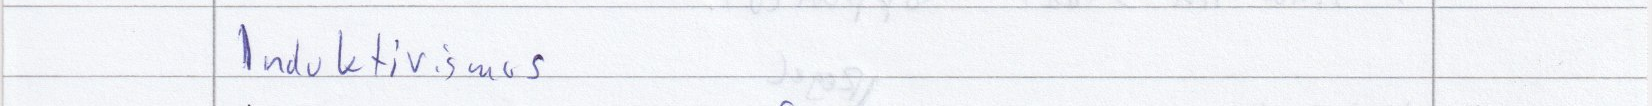
Induktivismus